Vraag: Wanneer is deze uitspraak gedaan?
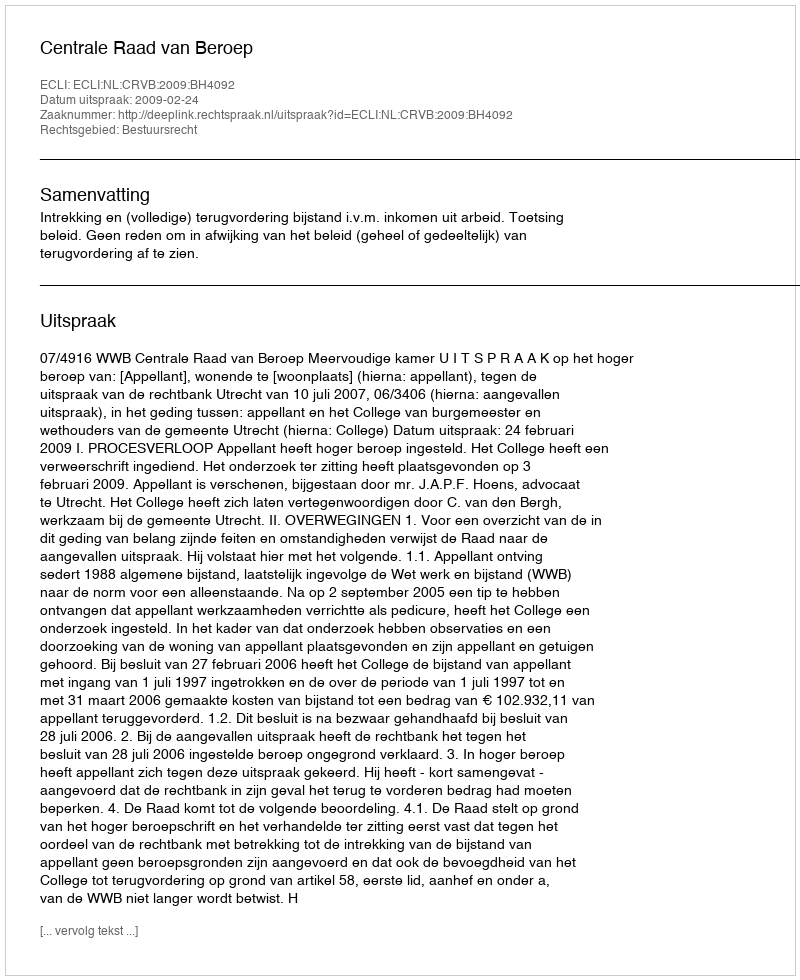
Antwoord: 2009-02-24